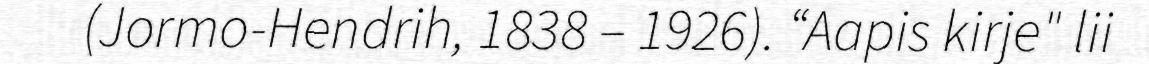
(Jormo-Hendrih, 1838 – 1926). “Aapis kirje" lii